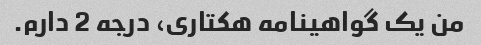
من یک گواهینامه هکتاری، درجه 2 دارم.